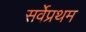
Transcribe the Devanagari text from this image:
सर्वेप्रथम